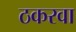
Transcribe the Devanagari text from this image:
ठकरवा